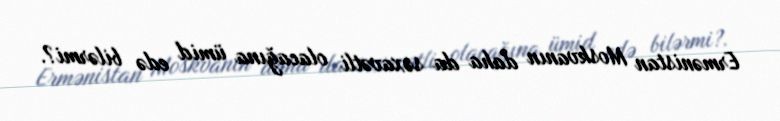
Ermənistan Moskvanın daha da səxavətli olacağına ümid edə bilərmi?.